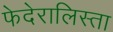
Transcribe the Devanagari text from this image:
फेदेरालिस्ता